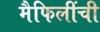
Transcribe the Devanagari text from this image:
मैफिलींची